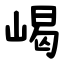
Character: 嵑